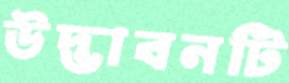
উদ্ভাবনটি